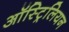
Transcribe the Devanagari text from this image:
ऑस्ट्रिलियन